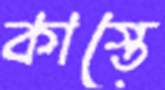
কাস্তে